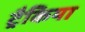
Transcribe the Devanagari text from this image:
ट्रैकिया